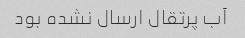
آب پرتقال ارسال نشده بود